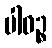
ပါဝဉ္စ